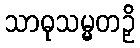
သာဓုသမ္မတဉှိ